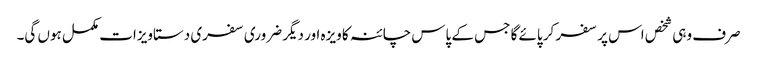
صرف وہی شخص اس پر سفر کر پائے گا جس کے پاس چائنہ کا ویزہ اور دیگر ضروری سفری دستاویزات مکمل ہوں گی۔